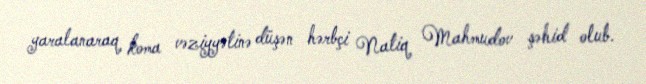
yaralanaraq koma vəziyyətinə düşən hərbçi Natiq Mahmudov şəhid olub.